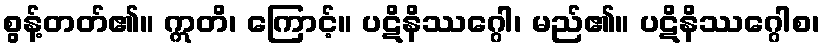
စွန့်တတ်၏။ ဣတိ၊ ကြောင့်။ ပဋိနိဿဂ္ဂေါ၊ မည်၏။ ပဋိနိဿဂ္ဂေါစ၊